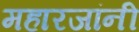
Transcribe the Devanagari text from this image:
महारजांनी